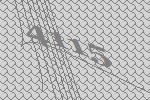
4115